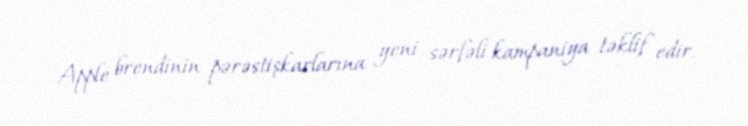
Apple brendinin pərəstişkarlarına yeni sərfəli kampaniya təklif edir.